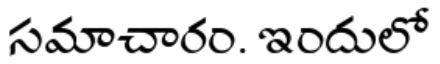
సమాచారం. ఇందులో